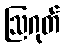
ဩဂုတ်